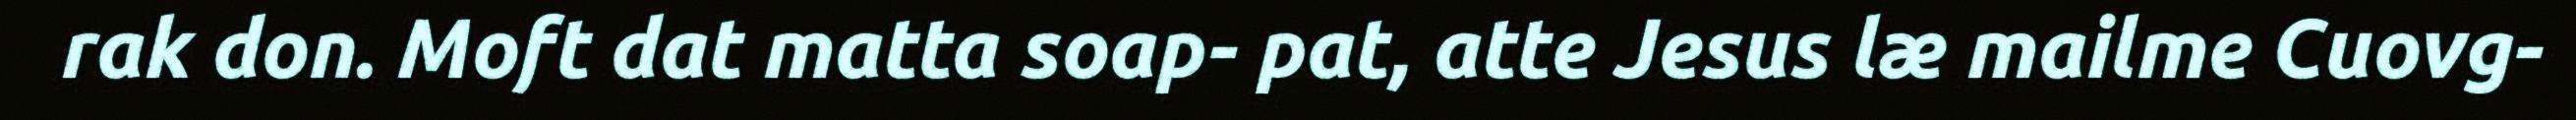
rak don. Moft dat matta soap- pat, atte Jesus læ mailme Cuovg-